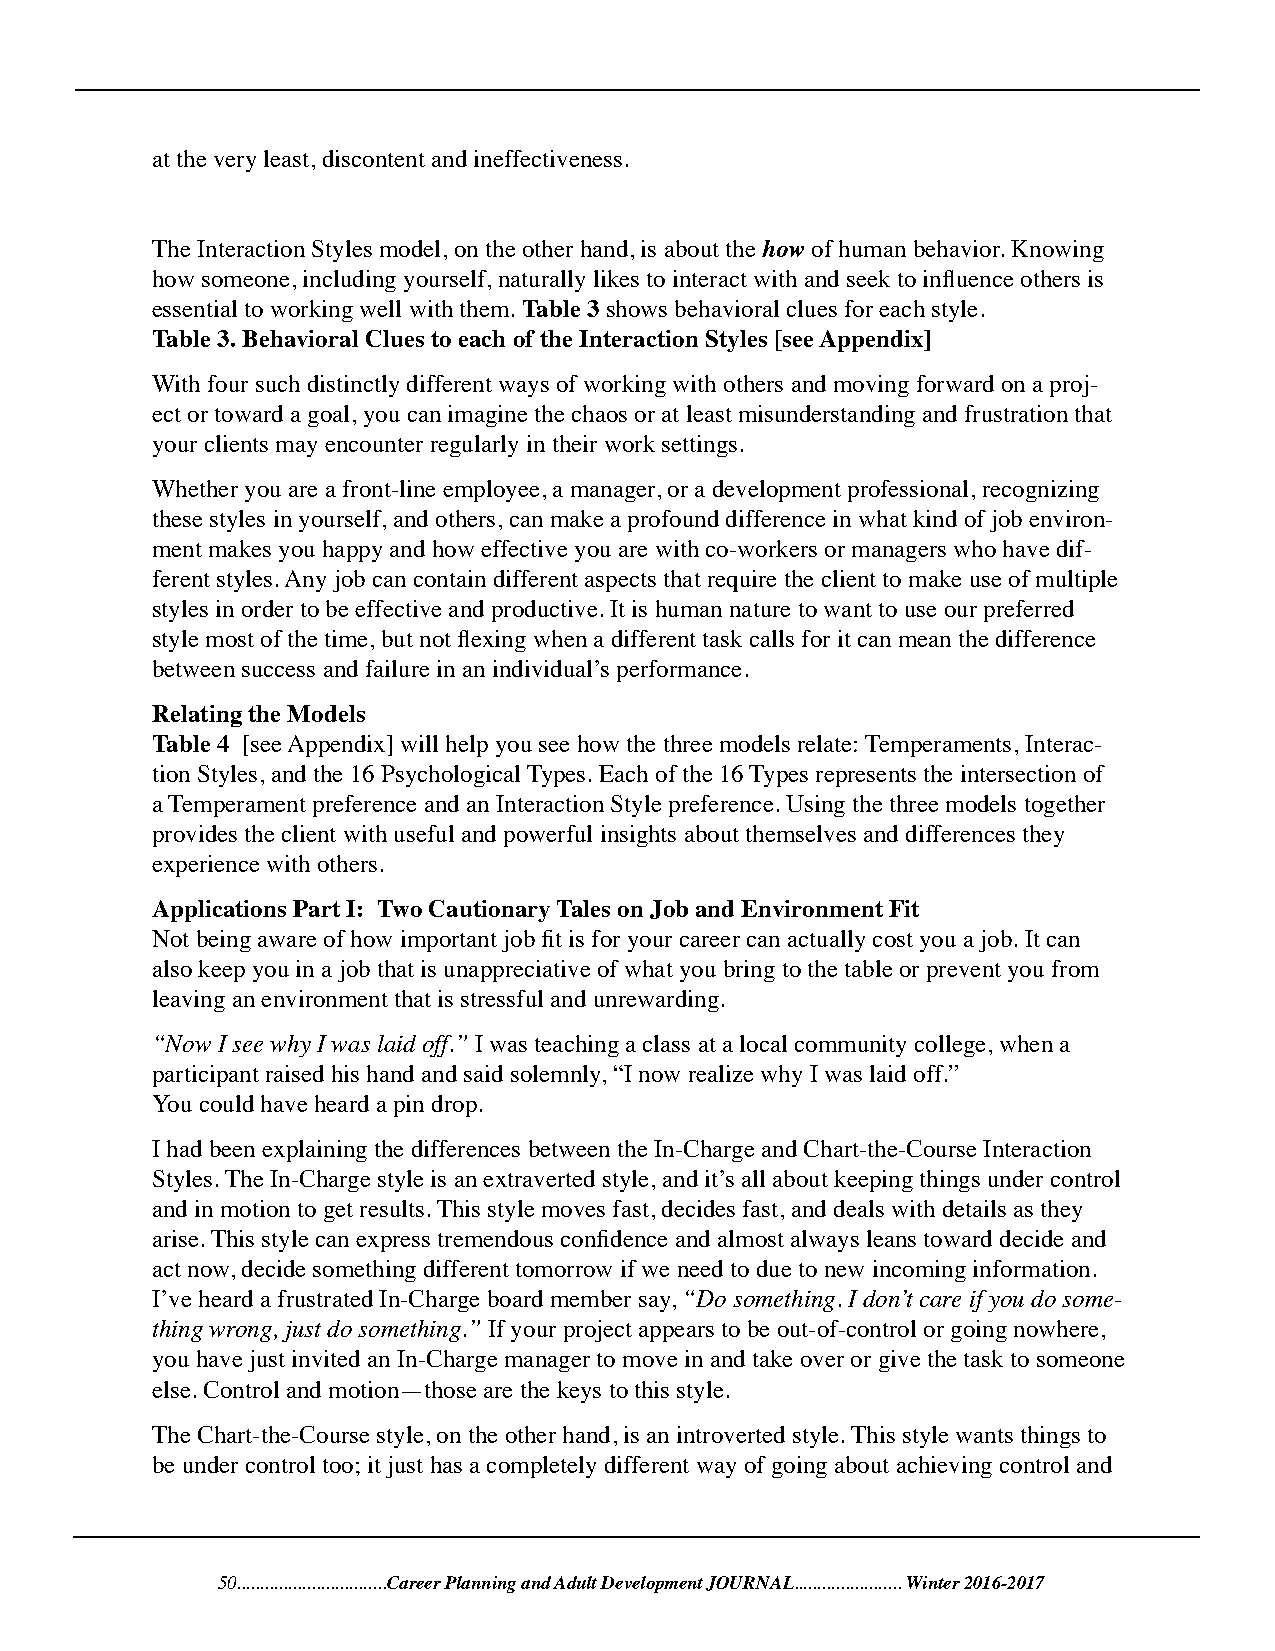
at the very least, discontent and ineffectiveness.
 The Interaction Styles model, on the other hand, is about the how of human behavior. Knowing
 how someone, including yourself, naturally likes to interact with and seek to influence others is
 essential to working well with them. Table 3 shows behavioral clues for each style.
 Table 3. Behavioral Clues to each of the Interaction Styles [see Appendix]
 With four such distinctly different ways of working with others and moving forward on a proj-
 ect or toward a goal, you can imagine the chaos or at least misunderstanding and frustration that
 your clients may encounter regularly in their work settings.
 Whether you are a front-line employee, a manager, or a development professional, recognizing
 these styles in yourself, and others, can make a profound difference in what kind of job environ-
 ment makes you happy and how effective you are with co-workers or managers who have dif-
 ferent styles. Any job can contain different aspects that require the client to make use of multiple
 styles in order to be effective and productive. It is human nature to want to use our preferred
 style most of the time, but not flexing when a different task calls for it can mean the difference
 between success and failure in an individual’s performance.
 Relating the Models
 Table 4 [see Appendix] will help you see how the three models relate: Temperaments, Interac-
 tion Styles, and the 16 Psychological Types. Each of the 16 Types represents the intersection of
 a Temperament preference and an Interaction Style preference. Using the three models together
 provides the client with useful and powerful insights about themselves and differences they
 experience with others.
 Applications Part I: Two Cautionary Tales on Job and Environment Fit
 Not being aware of how important job fit is for your career can actually cost you a job. It can
 also keep you in a job that is unappreciative of what you bring to the table or prevent you from
 leaving an environment that is stressful and unrewarding.
 “Now I see why I was laid off.” I was teaching a class at a local community college, when a
 participant raised his hand and said solemnly, “I now realize why I was laid off.”
 You could have heard a pin drop.
 I had been explaining the differences between the In-Charge and Chart-the-Course Interaction
 Styles. The In-Charge style is an extraverted style, and it’s all about keeping things under control
 and in motion to get results. This style moves fast, decides fast, and deals with details as they
 arise. This style can express tremendous confidence and almost always leans toward decide and
 act now, decide something different tomorrow if we need to due to new incoming information.
 I’ve heard a frustrated In-Charge board member say, “Do something. I don’t care if you do some-
 thing wrong, just do something.” If your project appears to be out-of-control or going nowhere,
 you have just invited an In-Charge manager to move in and take over or give the task to someone
 else. Control and motion—those are the keys to this style.
 The Chart-the-Course style, on the other hand, is an introverted style. This style wants things to
 be under control too; it just has a completely different way of going about achieving control and
 50................................Career Planning and Adult Development JOURNAL....................... Winter 2016-2017